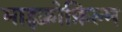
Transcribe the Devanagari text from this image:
माइक्रोफ़िल्म